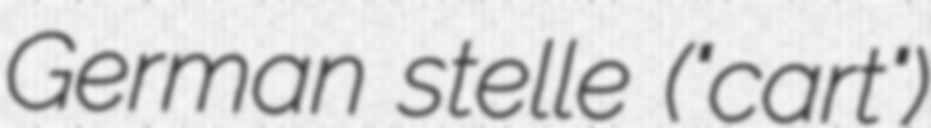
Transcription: German stelle ("cart")